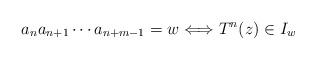
LaTeX: \begin{align*}a_na_{n+1}\cdots a_{n+m-1}=w \Longleftrightarrow T^n(z)\in I_w\end{align*}